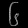
Digit: ၆